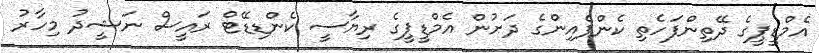
އެމްޑީޕީގެ ދޭތިންފަހެތި ކެންޕެއިންގެ ދަށުން އެމްޑީޕީގެ ރިޔާސީ ކެންޑިޑޭޓް ރައީސް ނަޝީދު މިހާރު